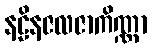
နဠိနဇလဇာကိဏ္ဏာ